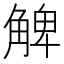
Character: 䚜